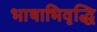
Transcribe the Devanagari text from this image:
भाषाभिवृद्धि